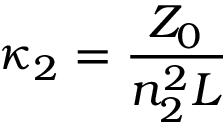
\kappa _ { 2 } = \frac { Z _ { 0 } } { n _ { 2 } ^ { 2 } L }